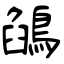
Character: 鵮